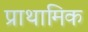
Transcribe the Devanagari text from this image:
प्राथामिक